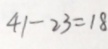
4 1 - 2 3 = 1 8